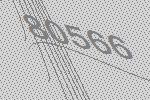
80566